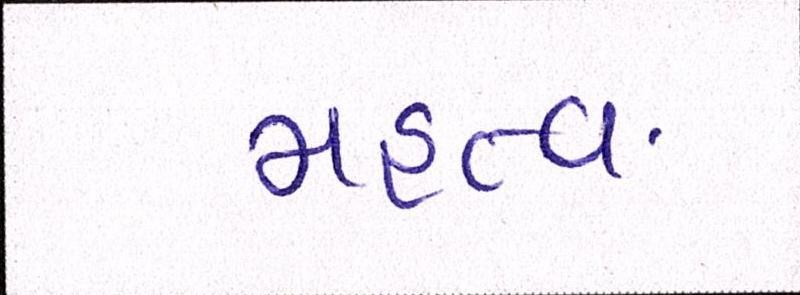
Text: મહત્વ